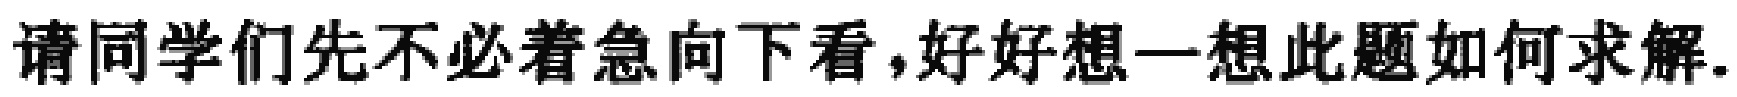
请同学们先不必着急向下看，好好想一想此题如何求解.